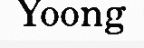
Yoong